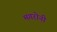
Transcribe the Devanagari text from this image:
मगरोनी